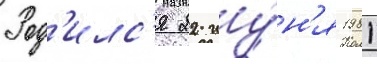
Род'илс'я 22 иу́н'я 1981